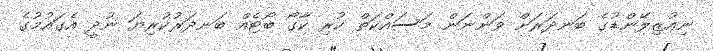
ނިއުޒިލޭންޑުގެ ބަނދަރަށް ވަންނަން މަސައްކަތް ކުރި ކާގޯ ބޯޓެއް ބަނދަރުކުރިޔަ ނުދީ އެގައުމުގެ